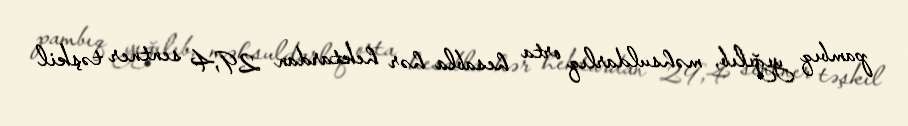
pambıq yığılıb, məhsuldarlıq orta hesabla hər hektardan 29,4 sentner təşkil